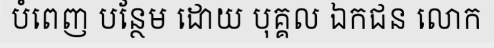
បំពេញ បន្ថែម ដោយ បុគ្គល ឯកជន លោក